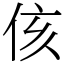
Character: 侅